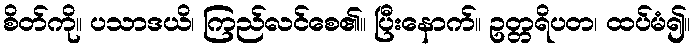
စိတ်ကို။ ပသာဒယိ၊ ကြည်လင်စေ၏။ ပြီးနောက်။ ဥတ္တရိပတ၊ ထပ်မံ၍။